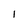
Character: I